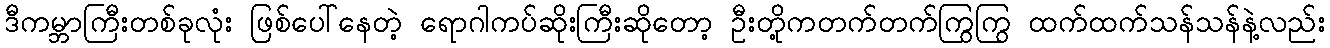
ဒီကမ္ဘာကြီးတစ်ခုလုံး ဖြစ်ပေါ်နေတဲ့ ရောဂါကပ်ဆိုးကြီးဆိုတော့ ဦးတို့ကတက်တက်ကြွကြွ ထက်ထက်သန်သန်နဲ့လည်း